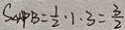
S _ { \Delta } A P B = \frac { 1 } { 2 } \cdot 1 . 3 = \frac { 3 } { 2 }